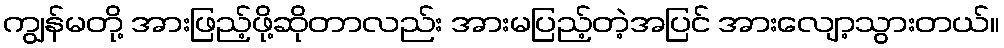
ကျွန်မတို့ အားဖြည့်ဖို့ဆိုတာလည်း အားမပြည့်တဲ့အပြင် အားလျော့သွားတယ်။